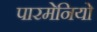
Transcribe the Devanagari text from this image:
पारमेनियो